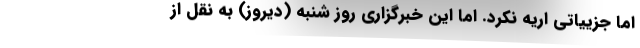
اما جزییاتی اریه نکرد. اما این خبرگزاری روز شنبه (دیروز) به نقل از